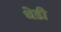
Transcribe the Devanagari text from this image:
धेडी